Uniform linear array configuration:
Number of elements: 16
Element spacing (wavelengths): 0.5
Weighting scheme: uniform
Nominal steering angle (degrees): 45
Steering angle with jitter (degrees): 43.272
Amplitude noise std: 0.05
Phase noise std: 0.05

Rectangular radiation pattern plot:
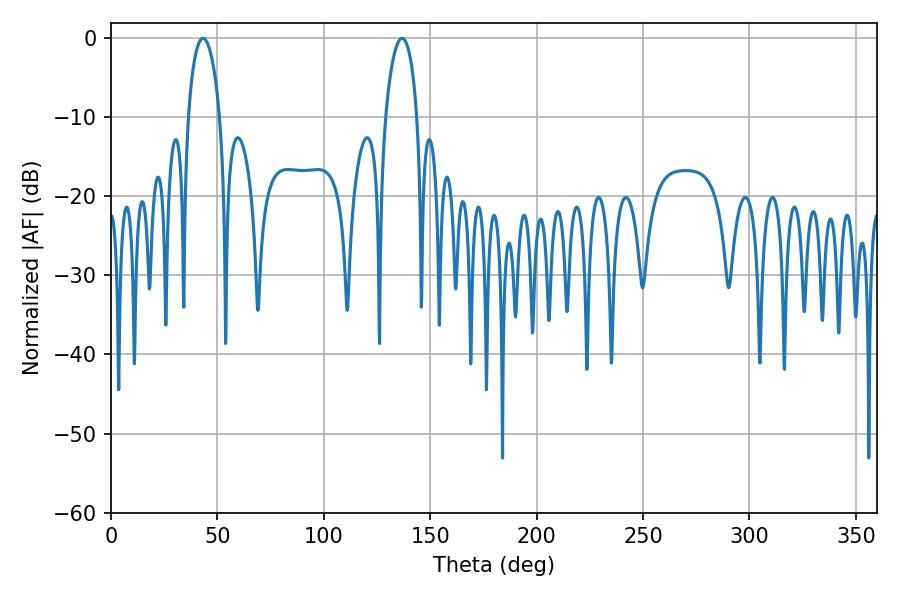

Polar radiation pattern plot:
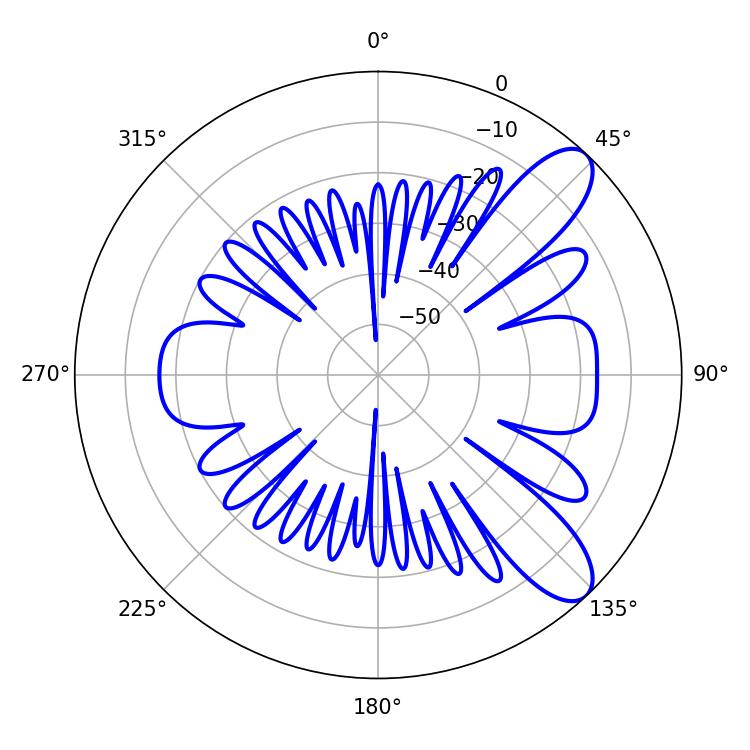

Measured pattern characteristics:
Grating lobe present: FALSE
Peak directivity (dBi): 9.461
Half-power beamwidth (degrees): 8.64
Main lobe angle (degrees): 43.2